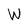
Character: W